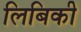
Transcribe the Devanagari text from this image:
लिबिकी